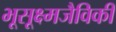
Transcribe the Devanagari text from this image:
भूसूक्ष्मजैविकी